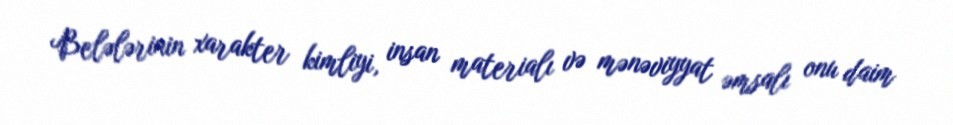
Belələrinin xarakter kimliyi, insan materialı və mənəviyyat əmsalı onu daim